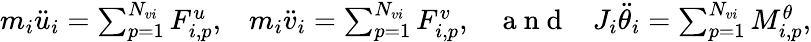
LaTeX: \begin{array}{r}{m_{i}\ddot{u}_{i}=\sum_{p=1}^{N_{vi}}F_{i,p}^{u},\; \; \; m_{i}\ddot{v}_{i}=\sum_{p=1}^{N_{vi}}F_{i,p}^{v},\; \; \; \mathrm{~a~n~d~}\; \; \; J_{i}\ddot{\theta}_{i}=\sum_{p=1}^{N_{vi}}M_{i,p}^{\theta},}\end{array}